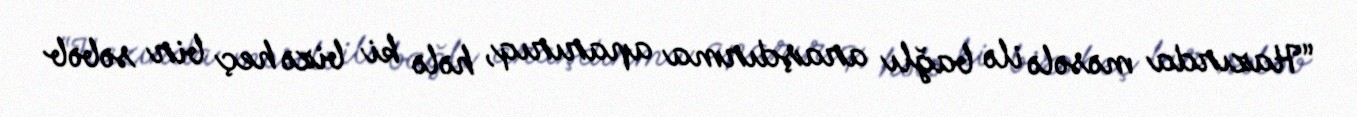
“Hazırda məsələ ilə bağlı araşdırma aparırıq, hələ ki bizə heç bir səbəb